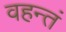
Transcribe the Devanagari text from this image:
वहन्तं